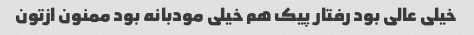
خیلی عالی بود رفتار پیک هم خیلی مودبانه بود ممنون ازتون